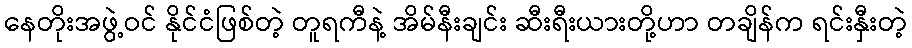
နေတိုးအဖွဲ့ဝင် နိုင်ငံဖြစ်တဲ့ တူရကီနဲ့ အိမ်နီးချင်း ဆီးရီးယားတို့ဟာ တချိန်က ရင်းနှီးတဲ့